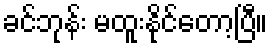
ခင်ဘုန်း မထူးနိုင်တော့ပြီ။